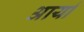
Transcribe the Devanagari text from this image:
अार्या